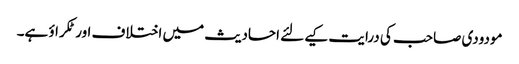
مودودی صاحب کی درایت کیےلئے احادیث میں اختلاف اور ٹکراؤ ہے۔